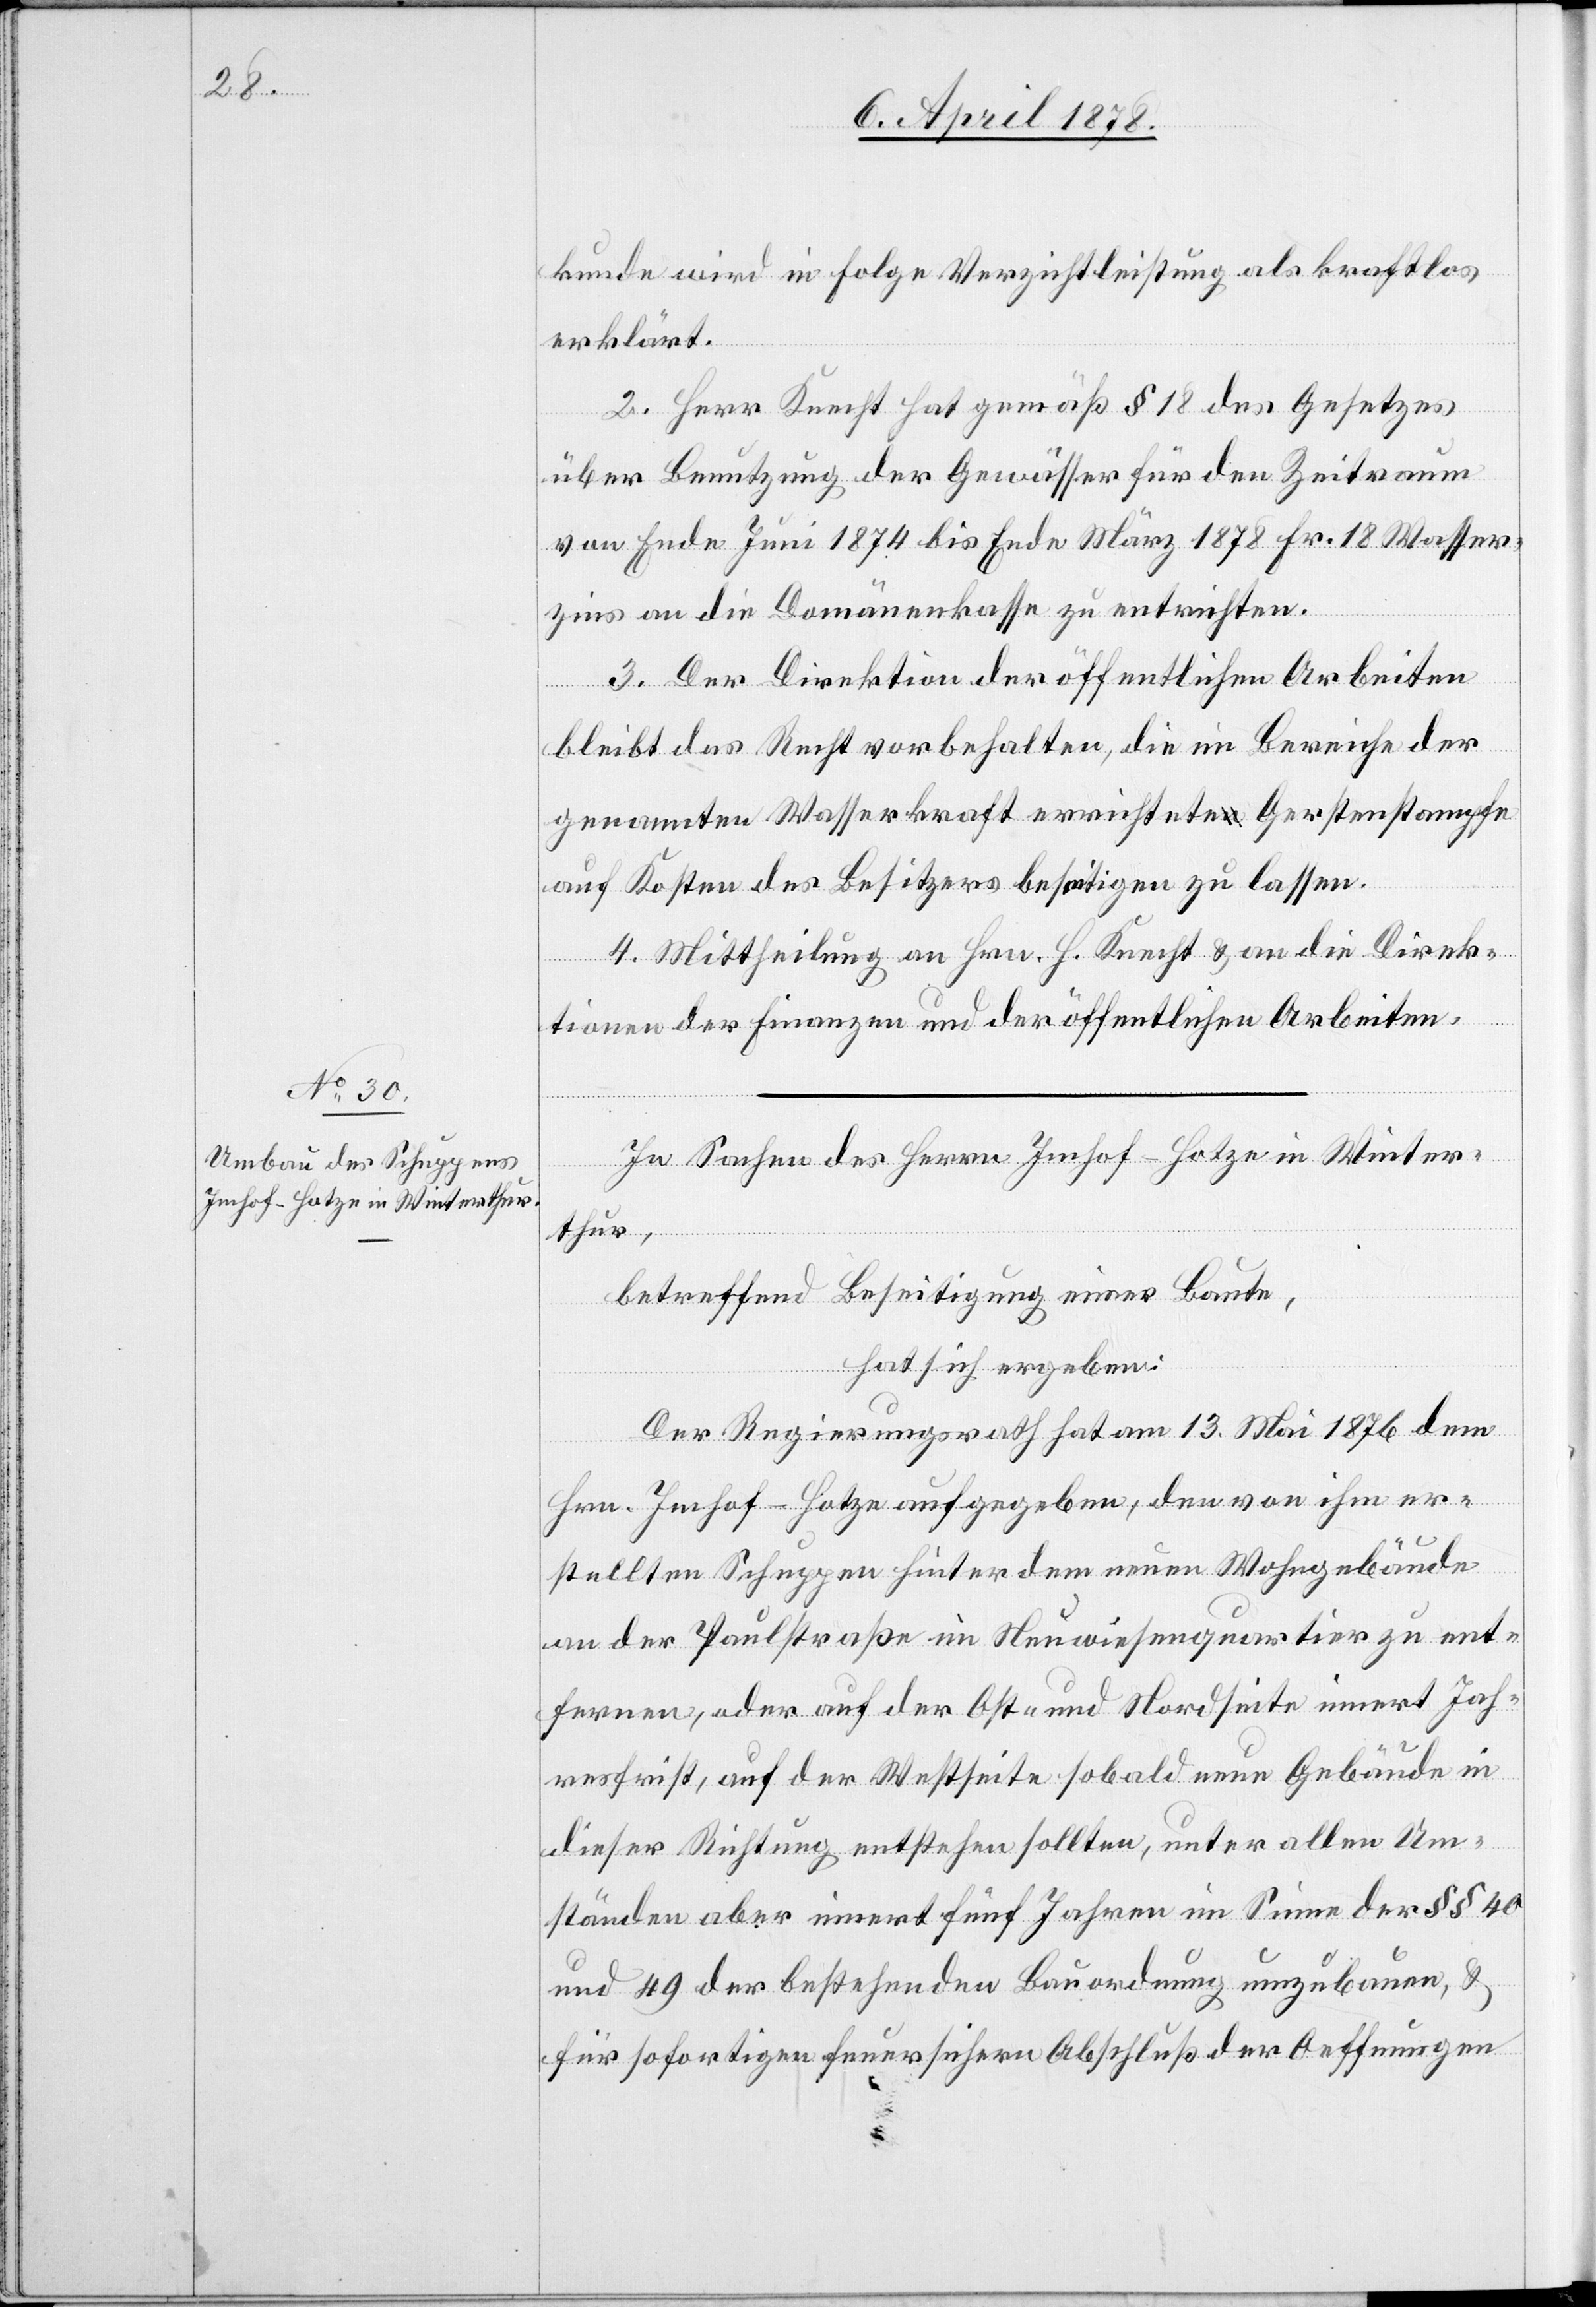
kunde wird in Folge Verzichtleistung als kraftlos
erklärt.
2. Herr Knecht hat gemäß § 18 des Gesetzes
über Benutzung der Gewässer für den Zeitraum
von Ende Juni 1874 bis Ende März 1878 Fr. 18 Wasser¬
zins an die Domänenkasse zu entrichten.
3. Der Direktion der öffentlichen Arbeiten
bleibt das Recht vorbehalten, die im Bereiche der
genannten Wasserkraft errichtete Gerstenstampfe
auf Kosten des Besitzers beseitigen zu lassen.
4. Mittheilung an Hrn. H. Knecht & an die Direk¬
tionen der Finanzen und der öffentlichen Arbeiten.
In Sachen des Herrn Imhof-Hotze in Winter¬
thur,
betreffend Beseitigung einer Baute,
hat sich ergeben:
Der Regierungsrath hat am 13. Mai 1876 dem
Hrn. Imhof-Hotze aufgegeben, den von ihm er¬
stellten Schuppen hinter dem neuen Wohngebäude
an der Paulstraße im Neuwiesenquartier zu ent¬
fernen, oder auf der Ost- und Nordseite innert Jah¬
resfrist, auf der Westseite sobald neue Gebäude in
dieser Richtung entstehen sollten, unter allen Um¬
ständen aber innert fünf Jahren im Sinne der §§ 40
und 49 der bestehenden Bauordnung umzubauen, &
für sofortigen feuersichern Abschluß der Oeffnungen